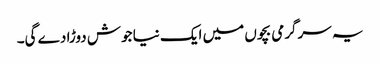
یہ سرگرمی بچوں میں ایک نیا جوش دوڑا دے گی۔